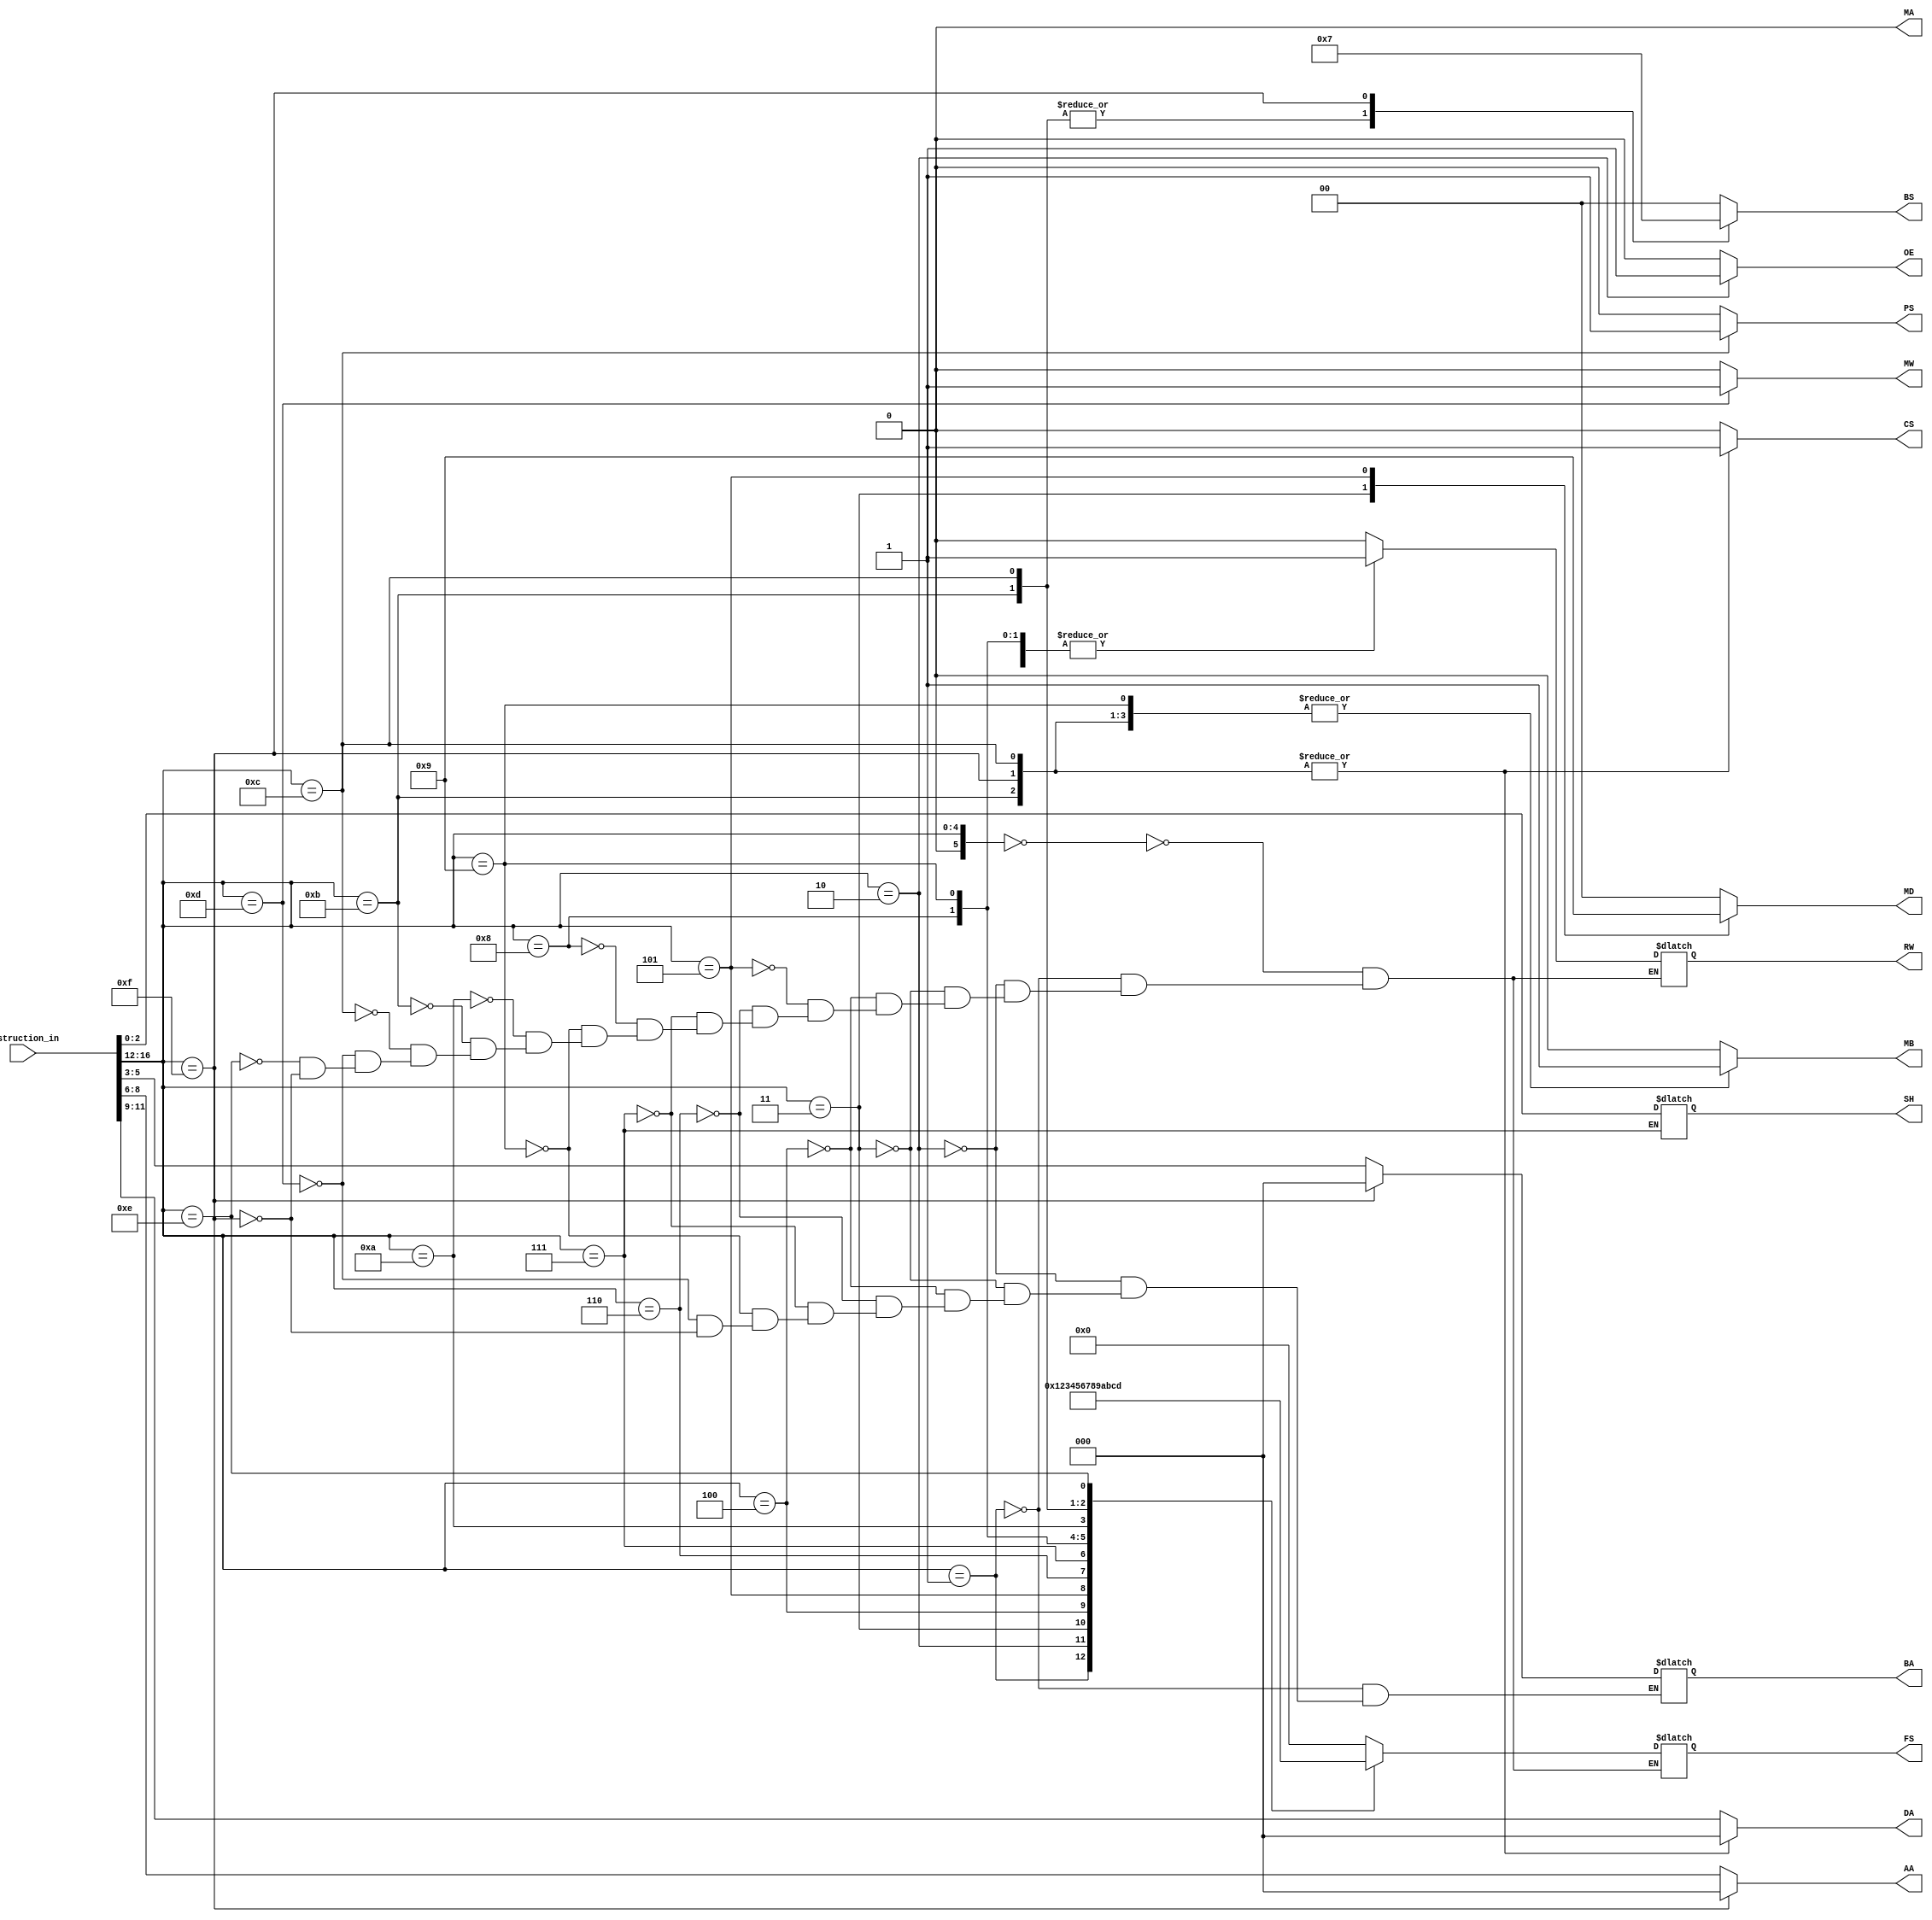
module inst_decoder(
 input [16:0]Instruction_in,
 output reg [2:0]DA, //destination address
 output reg [2:0]AA, //A-register address
 output reg [2:0]BA, //B-register address
 output reg [1:0]BS, //Branch select of Program counter
 output reg PS, //zero toggle i.e toggles between zero and N
 output reg MW, //Memory Write
 output reg RW, //Register write
 output reg MA, //MUX A selection bit
 output reg MB,
 output reg [1:0]MD,
 output reg [3:0]FS, // Function select
 output reg [2:0]SH, //shift number
 output reg CS, //constant Unit
 output reg OE //output enable
);
reg [5:0]opcode;parameter NOP = 5'd0;
parameter ADD= 5'd1;
parameter OUT = 5'd2;
parameter SLT = 5'd3;
parameter AND = 5'd4;
parameter LD = 5'd5;
parameter SBI = 5'd6;
parameter LSL = 5'd7;
parameter IN = 5'd8;
parameter XRI = 5'd9;
parameter ADI = 5'd10;
parameter BZ = 5'd11;
parameter BNZ = 5'd12;
parameter ST = 5'd13;
parameter MOVA = 5'd14;
parameter JMP = 5'd15;
parameter JML = 5'd16;
always@(*) 
begin 
opcode<=Instruction_in[16:12];
//$display(Instruction_in[16:12]);
MD=2'b00; BS=2'b00; PS=1'b0; MW=1'b0; MB=1'b0; MA=1'b0; CS=1'b0; OE=1'b0; DA=Instruction_in[11:9]; AA=Instruction_in[8:6];
case(opcode)
NOP:begin
RW = 1'b0;FS=4'd0;
end
ADD: begin
$display("addcase");
RW = 1'b1; FS=4'b0001; BA=Instruction_in[5:3];
end
OUT:begin
RW = 1'b0; FS = 4'd2; OE = 1'b1; BA=Instruction_in[5:3];
end
SLT:begin
RW=1'b1;MD=2'b10; FS=4'd3; BA=Instruction_in[5:3];
end
AND: begin
RW = 1'b1; FS = 4'd4; OE = 1'b0; BA=Instruction_in[5:3];
end
LD: begin
RW = 1'b1; FS = 4'd5; MD = 2'b01;
end
SBI: begin
RW = 1'b1; FS = 4'd6; BA=Instruction_in[5:3];// immediate
end
LSL: begin
RW = 1'b1; FS = 4'd7; BA=Instruction_in[5:3]; SH=Instruction_in[2:0];
end
IN: begin
RW = 1'b1; FS = 4'd8;
end
XRI: begin
RW = 1'b1; FS = 4'd9; MB = 1'b1; BA=Instruction_in[5:3];
end
ADI: begin
RW = 1'b1; FS = 4'd10; // immediate
end
BZ:begin
RW = 1'b0; FS = 4'd11; BS = 2'b01; MB = 1'b1; CS = 1'b1; DA = 3'b000;
end
BNZ: begin
RW = 1'b0; FS = 4'd12; BS = 2'b01; PS = 1'b1; MB = 1'b1; CS = 1'b1; DA = 3'b000;
end
ST: begin
RW = 1'b0; FS = 4'd0; MW = 1'b1; BA = Instruction_in[5:3];
end
MOVA: begin
RW = 1'b0; FS = 4'd13;//
end
JMP: begin
RW = 1'b0; FS=4'd0; BS = 2'b11; MB = 1'b1; CS = 1'b1; DA = 3'b000; AA = 3'b000; BA = 3'b000;
end
endcase
end
endmodule